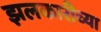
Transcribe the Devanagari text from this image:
झलकारीच्या